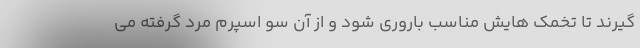
گیرند تا تخمک هایش مناسب باروری شود و از آن سو اسپرم مرد گرفته می